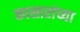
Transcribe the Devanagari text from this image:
कासारांच्या